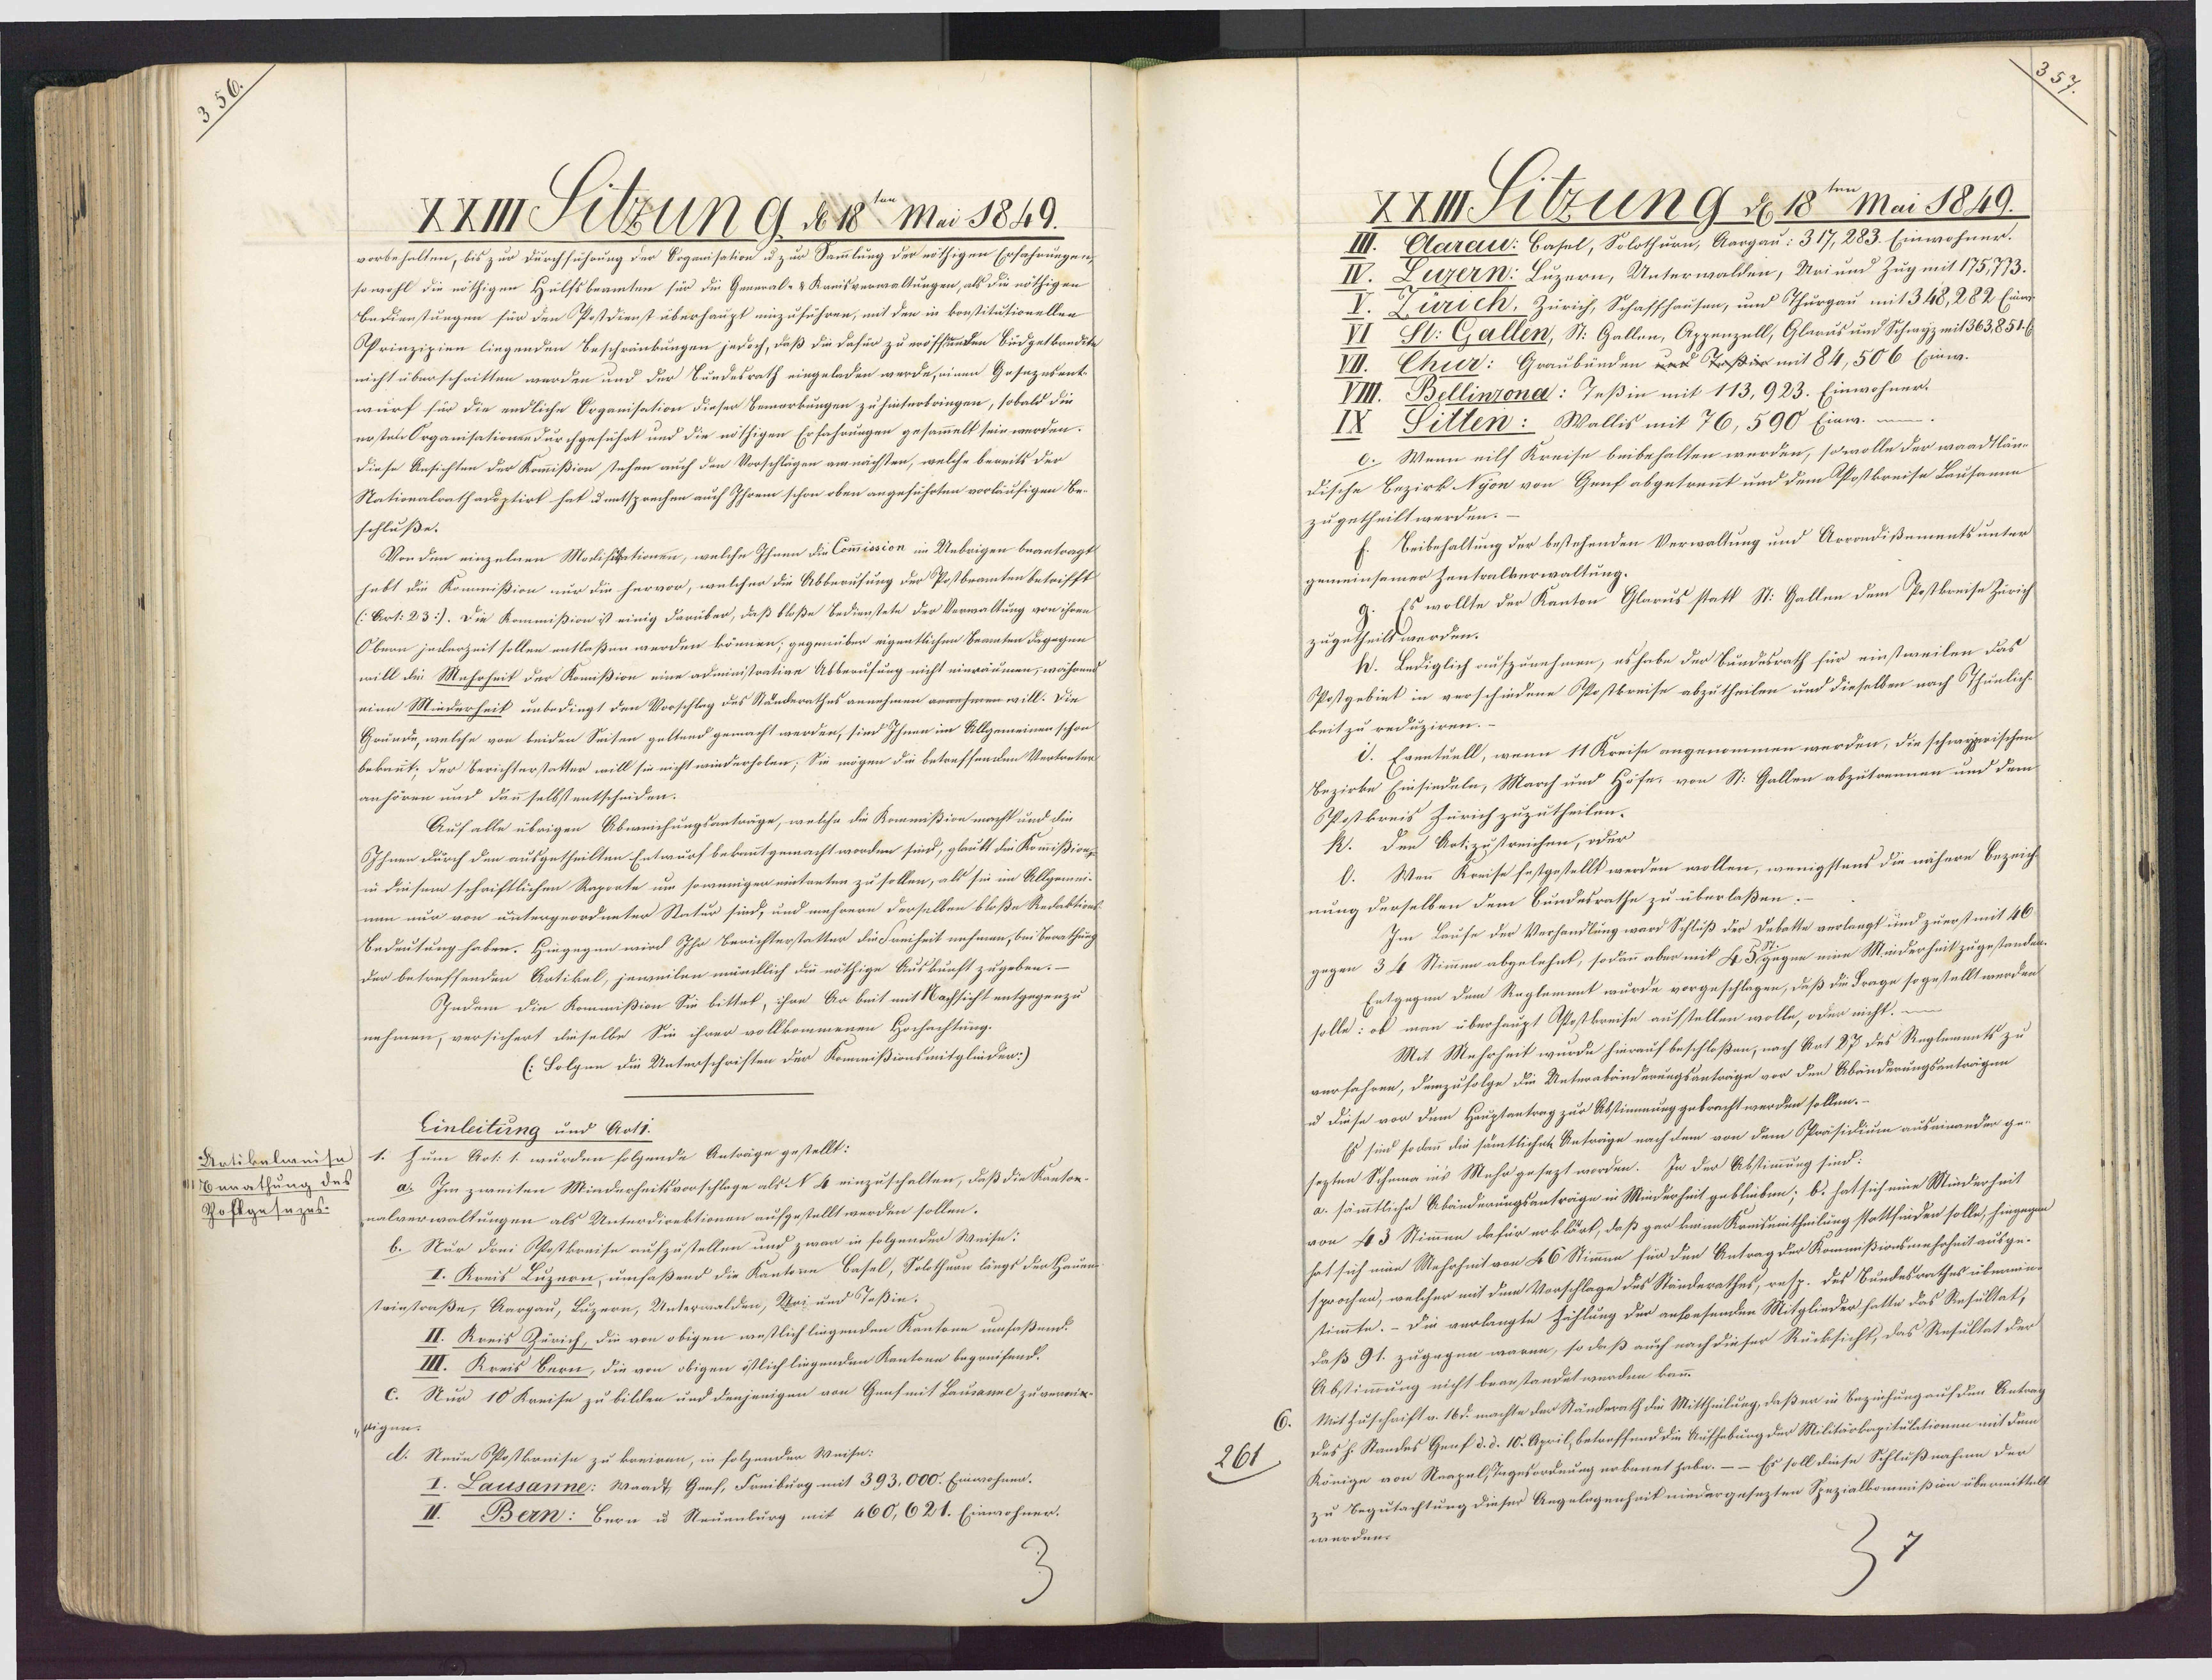
3

XXIIIFitzun g d 18te Mai 1849.
vorbehalten, bis zur Durchführung der Soganisation u zur Sammlung der nöthigen Ersahnungen
so wohl die nöthigen Hülfsbeamten für die General- & Kreisverwaltungen, als die nöthigen
Bedienstungen für den Postdienst überhaupt einzuführen, mit den in konstitutionellen
Prinzizien liegenden Beschränkungen jedoch, daß die dafür zu eröfsnden Büdgetkandite
nicht überschritten werden und der Bundesrath eingeladen werde, einen Gosezesent¬
wurf für die endliche Organisation dieser Bemerkungen zu hinterbringen, sobald die
erstel Organisationen durchgeführt und die nöthigen Erfahrungen gesammelt sein werden.
Diese Ansichten der Kommißion stehen auch den Vorschlägen amnächsten, welche bereits der
Nationalrathacsptirt hat u entsprechen auch Ihrem schon oben angeführten vorläufigen Be¬
schluße.
Von den einzelnen Modisiketionen, welche Ihnen die Commission im Uebrigen beantragt
habt die Kommißion nur die hervor, welcher die Abberusung der Postbramten betrifft
(:Art: 23). Die Kommißion ist einig darüber, daß bloße Bedienstete der Verwaltung von ihren
Obern jederzeit sollen entlaßen werden können; gegenüber eigentlichen Beamten dagegen
will die Mahrheit der Komißion eine administrative Abberufung nicht einräumen, während
eine Minderheit unbedingt den Vorschlag des Ständerathes annehmen annehmen will. Die
Gründe, welche von beiden Seiten geltend gemacht werden, sind Ihnen im Allgemeinen schon
bekannt; der Berichterstatter will sie nicht wiederholen; Sie mögen die betreffenden Vertreter
anhören und dann selbst entscheiden.
Auf alle übrigen Abweichungsanträge, welche die Kommißion macht und die
Ihnen durch den ausgetheilten Entwurf bekanntgemacht worden sind, glaubt die Kommißions
in diesem schriftlichen Raporte um soweniger eintanten zu sollen, als sie im Allgemei¬
nen nur von untergeordneter Natur sind, und mehrern derselben bloße Redaktions-
Bedeutung haben. Hingegen wird Ihr Berichterstatter die Freiheit nehmen, bei Berathung
der betreffenden Artikel, jeweilen mündklich die nöthige Auskunft zugeben.-
Indem die Kommißion Sie bittet, ihre Arbeit mit Nachsicht entgegenzu
nehmen, versichert dieselbe Sie ihrer vollkommenen Hochachtung.
(:Solgen die Unterschriften der Kommißionsmitgliiden:)
Einleitung und Ao11
Ratikelweise (1. Zum Art: 1. wurden folgende Anträge gestellt:
Berathung des
a. Im zweiten Minderheitsvorschlage als N 4 einzuschalten, daß die Kanton
Goftgesezes.
nalverwaltungen als Unterdirektionen aufgestellt werden sollen.
6. Nur drei Ppostkraise aufzustellen und zwar in folgenden Weise:
I. Kreis Luzern, umfaßend die Kantoin Basel, Solothian längt der Hauen
steinstraße, Aargau, Luzern, Untermalden, Mai und aßin.
II. Kreis Zürich, die von obigen westlich liegenden Kantone unfaßend.
III. Kreis Bern, die von obigen istlich liegenden Kantona begreifend.
c. Nur 10 Kreise zu bilden und denjenigen von Genfmit Sausanne zuvernir-
eigen.
d. Neue Postkonise zu koniren, in folgender Weise:
I. Lausanne: Waadt, Genf, Freiburg mit 393,000. Einwohnen.
II. Bern: Bern u Neuenburg mit 460,621. Einwohner.

261

XXIII Sitzung d 18ten Mai 1849.
III. Aarein: Casel, Solothurn, Aargau: 317, 283. Einwohner.
IV. Zezern: Luzern, Unterwalden, Uriund Zug mit 175,773.
V. Zürich, Zürich, Schaffhausen, und Thurgau mit 348,282 Einr
St: Gallen, St. Gallen, Appenzell, Glarus und Schwyz mit363,851.6
Chir: Graubünden und Toßi mit 84,506 (inw.
VIII. Bellinzona: Teßin mit 113,923. Einwohner.
IX Titten: Wallis mit 76,590 Einw. i
c. Wenn eilf Kreise beibehalten werden, so wolle der waadtläne
dische Bezirk Nyon von Genf abgetrennt und dem Postkreise Lausamm
zugetheilt werden.
Beibehaltung der bestehenden Verwaltung und Arrondißementsunter¬
gemeinsamer Zentralverwaltung.
g. Es wollte der Kanton Glarus statt St. Gallen dem Postkreise Zürich
zugetheilt werden.
W. Lediglich aufzunehmen, es habe der Bundesrath für einstweilen das
Postgebiet in verschiedene Postkreise abzutheilen und dieselben nach Thunlich¬
keit zu reduziren. –
V. Eventuell, wenn 11 Kreise angenommen werden, die schwyprischen
Bezirke Einsiedeln, March und Höfe, von St. Gallen abzutrennen und dem
PPostkreis Zürich zuzutheilen.
k. Den Artizustreichen, oder
O. Wenn Kreise festgestellt werden wollen, wenigstens die nähere bezeich¬
nung derselben dem Bundesrathe zu überlaßen.–
Im Lause der Verhandlung ward Schluß der Debatte verlangt und zuerst mit 40
gegen 34 Stimmen abgelehnt, sodann aber mit H 5 gegnn eine Minderheit zugestanden.
Entgegen dem Reglemet wurde vorgeschlagen, daß die Frage sogestellt werden
solle: ob man überhaupt Aostkreise aufstellen wolle, oder nicht: im
Mit Mehrheit wurde hierauf beschloßen, nach Rot 27 des Reglemnnts zu
verfahren, demzufolge die Unterabänderungsanträge vor den Abänderungsanträgen
u diese vor dem Hauptantrag zur Abstimmung gebracht werden sollen.
Es sind so dann die sämtlichet Anträge nach dem von dem Präsidium auseinander ge-
sezten Schema ins Mehr gesezt worden. In der Abstimmung sind-
a. sämmtliche Abänderungsanträge in Minderheit gebleiben; b. hat sich eine Minderheit
von 43 Stimmen dafür erklärt, daß gar keine Kreisentheilung stattfinden solle, hingeg
hat sich mine Mehrheit von 46 Stimmen für den Antrag der Kommißionsmehrheit ausge¬
sprochen, welcher mit dem Vorschlage des Ständerathes, resp. des Bundesrathes überein
stimmte. - Die verlangte Zählung der ansoesenden Mitglieder hatte das Resultat,
daß 91. zugegen waren, so daß auch nach dieser Rücksicht, das Resultat der
Abstimmung nicht beanstandet werden kann.
Mit Zuschaift v. 16d. machte der Ständerath die Mittheilung, daß er in Beziehung auf den Antrag-
des h. Standes Genf d. d. 10. April, betreffend die Aufhebung der Militärkapitulationen mit dem
Könige von NeapelTagesordnung erkannt habe. -- Es soll diese Schlußnahme der
zu Begutachtung dieser Angelegenheit niedergesezten Spezialkommißion übermittell
werden.